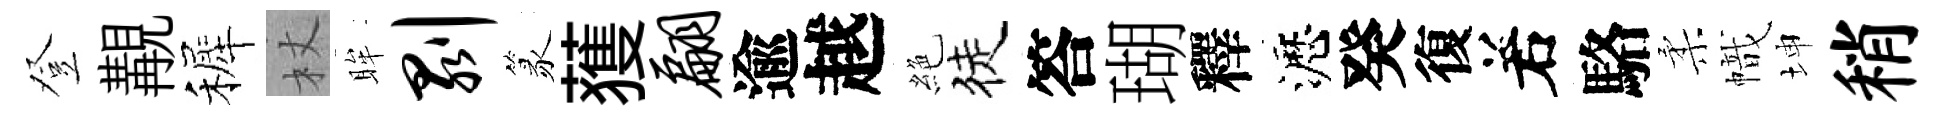
登覯裤杖眸剥篆𫉬翩逾越絶徒答瑚釋瀝癸復𠰥駱柔幟坤稍